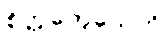
စိတ္တက္လေသေဟိ